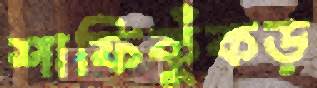
শাফিকুঁকড়